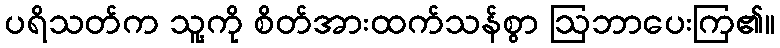
ပရိသတ်က သူ့ကို စိတ်အားထက်သန်စွာ ဩဘာပေးကြ၏။